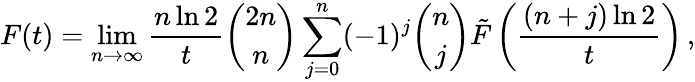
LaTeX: F(t)=\operatorname*{lim}_{n\to\infty}\frac{n\ln 2}{t}{\binom{2n}{n}}\sum_{j=0}^{n}(-1)^{j}{\binom{n}{j}}\tilde{F}\left(\frac{(n+j)\ln 2}{t}\right)\, ,